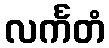
လင်္ကတံ